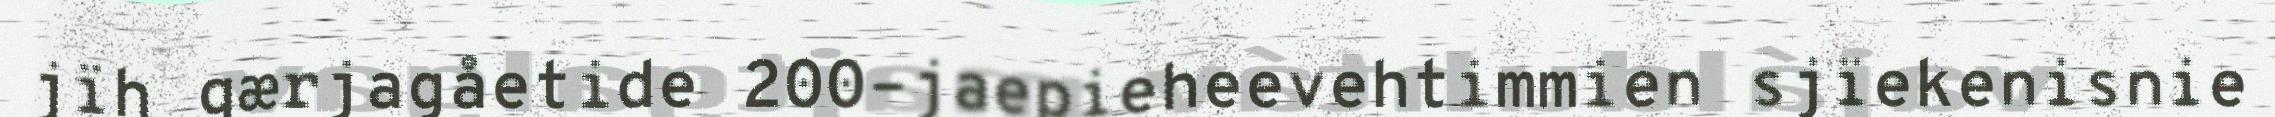
jïh gærjagåetide 200-jaepieheevehtimmien sjïekenisnie